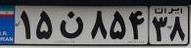
۱۵ن۸۵۴۳۸